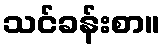
သင်ခန်းစာ။